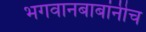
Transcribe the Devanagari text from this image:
भगवानबाबांनीच